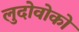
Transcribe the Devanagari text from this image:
लुदोवोको